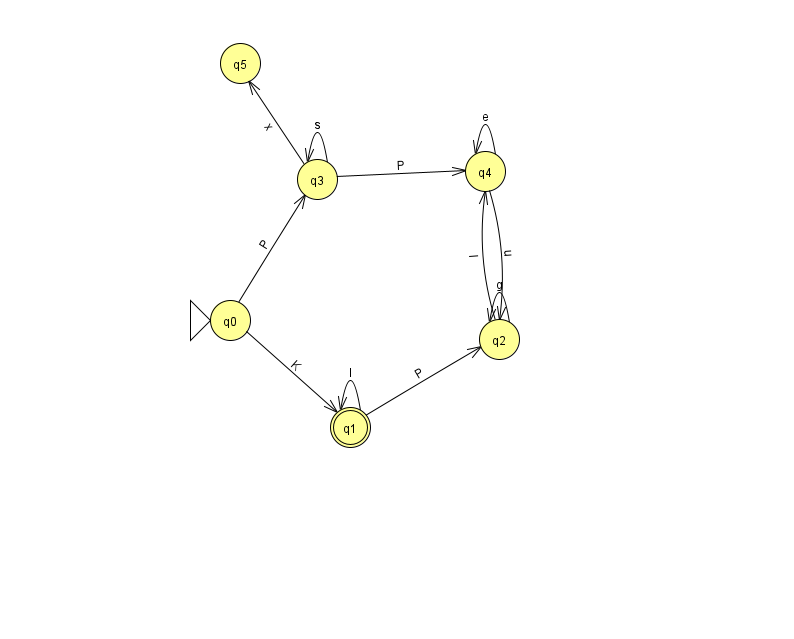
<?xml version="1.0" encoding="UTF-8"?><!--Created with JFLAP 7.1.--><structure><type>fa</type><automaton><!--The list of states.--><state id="0" name="q0"><x>230.0</x><y>307.0</y><initial/></state><state id="1" name="q1"><x>350.0</x><y>414.0</y><final/></state><state id="2" name="q2"><x>499.0</x><y>326.0</y></state><state id="3" name="q3"><x>317.0</x><y>166.0</y></state><state id="4" name="q4"><x>485.0</x><y>158.0</y></state><state id="5" name="q5"><x>240.0</x><y>50.0</y></state><!--The list of transitions.--><transition><from>2</from><to>4</to><read>l</read></transition><transition><from>3</from><to>4</to><read>P</read></transition><transition><from>3</from><to>3</to><read>s</read></transition><transition><from>0</from><to>3</to><read>P</read></transition><transition><from>0</from><to>1</to><read>K</read></transition><transition><from>4</from><to>4</to><read>e</read></transition><transition><from>1</from><to>2</to><read>P</read></transition><transition><from>2</from><to>2</to><read>g</read></transition><transition><from>1</from><to>1</to><read>I</read></transition><transition><from>4</from><to>2</to><read>u</read></transition><transition><from>3</from><to>5</to><read>x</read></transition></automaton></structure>